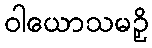
ဝါယောသမဉှိ